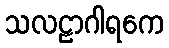
သလဠာဂါရကေ